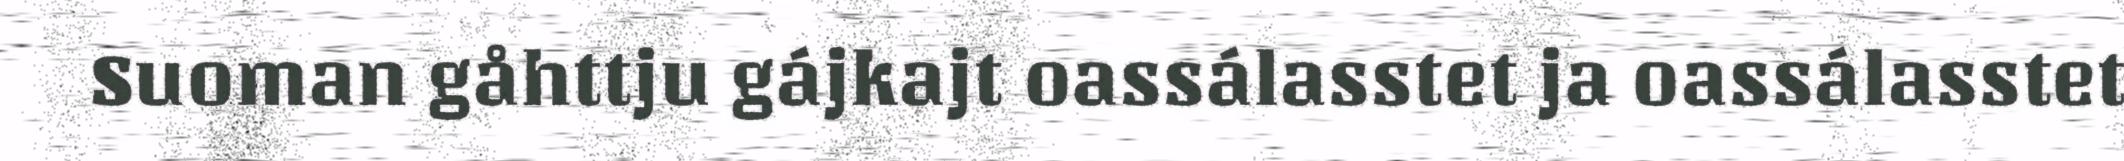
Suoman gåhttju gájkajt oassálasstet ja oassálasstet